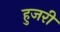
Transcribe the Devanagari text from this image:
हुजरी